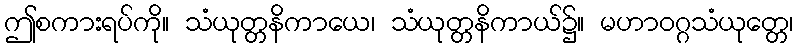
ဤစကားရပ်ကို။ သံယုတ္တနိကာယေ၊ သံယုတ္တနိကာယ်၌။ မဟာဝဂ္ဂသံယုတ္တေ၊